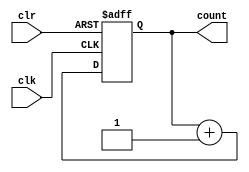
module upcounter_nbit_async #(parameter n=4)
(	input clk,clr,
	output reg [n-1:0]count);

always @(posedge clk, negedge clr)
begin
	if(!clr)
		count <= {n{1'b0}};
	else 
		count <= count + 1'b1;
end

endmodule